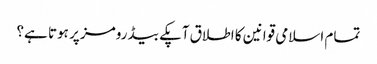
تمام اسلامی قوانین کا اطلاق آپکے بیڈ رومز پر ہوتا ہے؟